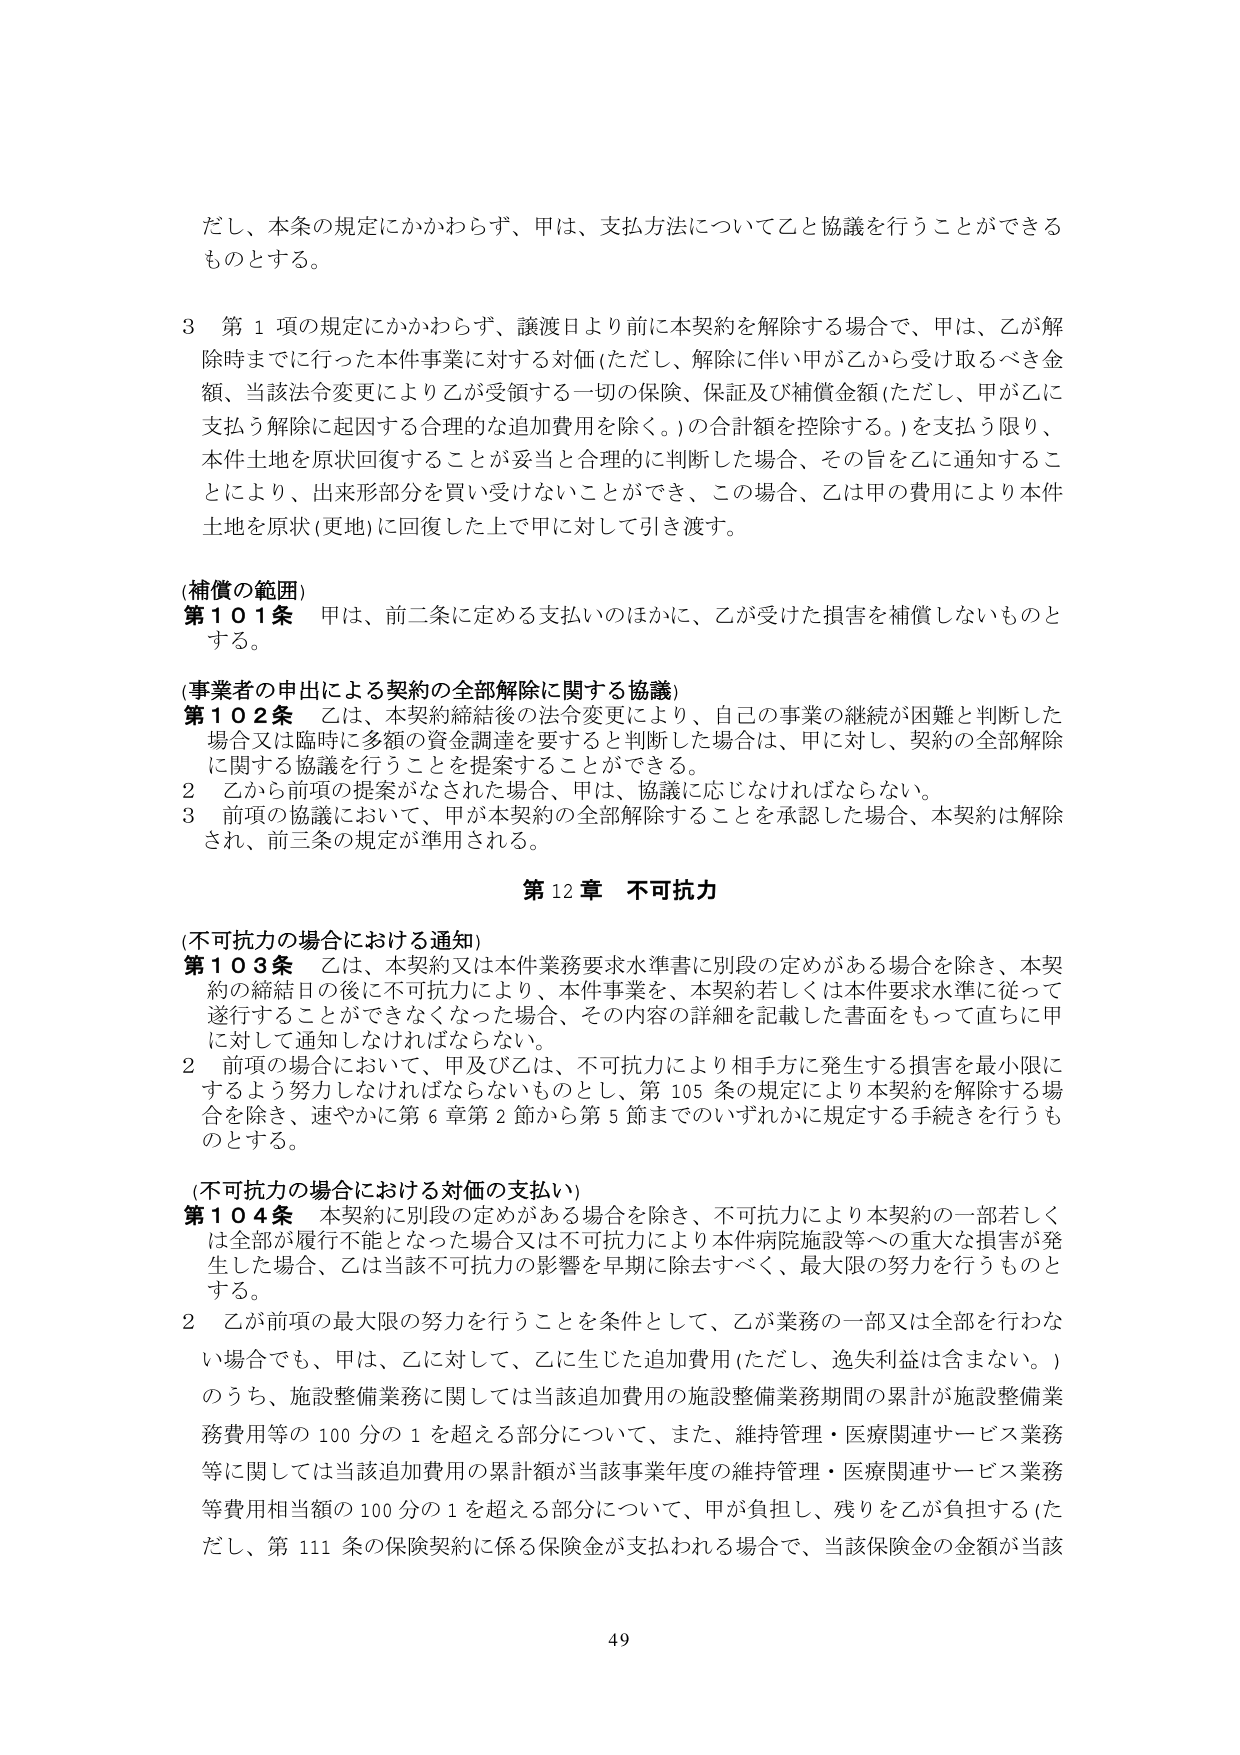
だし、本条の規定にかかわらず、甲は、支払方法について乙と協議を行うことができるものとする。

3 第1項の規定にかかわらず、譲渡日より前に本契約を解除する場合で、甲は、乙が解除時までに行った本件事業に対する対価（ただし、解除に伴い甲が乙から受け取るべき金額、当該法令変更により乙が受領する一切の保険、保証及び補償金額（ただし、甲が乙に支払う解除に起因する合理的な追加費用を除く。）の合計額を控除する。）を支払う限り、本件土地を原状回復することが妥当と合理的に判断した場合、その旨を乙に通知することにより、出来形部分を買い受けないことができ、この場合、乙は甲の費用により本件土地を原状（更地）に回復した上で甲に対して引き渡す。

（補償の範囲）
第101条 甲は、前二条に定める支払いのほかに、乙が受けた損害を補償しないものとする。

（事業者の申出による契約の全部解除に関する協議）
第102条 乙は、本契約締結後の法令変更により、自己の事業の継続が困難と判断した場合又は臨時に多額の資金調達を要すると判断した場合は、甲に対し、契約の全部解除に関する協議を行うことを提案することができる。
2 乙から前項の提案がなされた場合、甲は、協議に応じなければならない。
3 前項の協議において、甲が本契約の全部解除することを承認した場合、本契約は解除され、前三条の規定が準用される。

第12章 不可抗力

（不可抗力の場合における通知）
第103条 乙は、本契約又は本件業務要求水準書に別段の定めがある場合を除き、本契約の締結日の後に不可抗力により、本件事業を、本契約若しくは本件要求水準に従って遂行することができなくなった場合、その内容の詳細を記載した書面をもって直ちに甲に対して通知しなければならない。
2 前項の場合において、甲及び乙は、不可抗力により相手方に発生する損害を最小限にするよう努力しなければならないものとし、第105条の規定により本契約を解除する場合を除き、速やかに第6章第2節から第5節までのいずれかに規定する手続きを行うものとする。

（不可抗力の場合における対価の支払い）
第104条 本契約に別段の定めがある場合を除き、不可抗力により本契約の一部若しくは全部が履行不能となった場合又は不可抗力により本件病院施設等への重大な損害が発生した場合、乙は当該不可抗力の影響を早期に除去すべく、最大限の努力を行うものとする。
2 乙が前項の最大限の努力を行うことを条件として、乙が業務の一部又は全部を行わない場合でも、甲は、乙に対して、乙に生じた追加費用（ただし、逸失利益は含まない。）のうち、施設整備業務に関しては当該追加費用の施設整備業務期間の累計が施設整備業務費用等の100分の1を超える部分について、また、維持管理・医療関連サービス業務等に関しては当該追加費用の累計額が当該事業年度の維持管理・医療関連サービス業務等費用相当額の100分の1を超える部分について、甲が負担し、残りを乙が負担する（ただし、第111条の保険契約に係る保険金が支払われる場合で、当該保険金の金額が当該

49